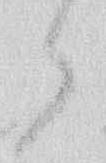
候